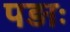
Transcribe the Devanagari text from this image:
पड़ाः